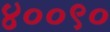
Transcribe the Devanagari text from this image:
४००९०